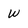
Character: w